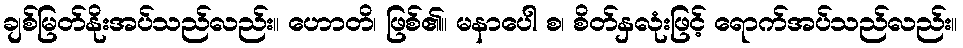
ချစ်မြတ်နိုးအပ်သည်လည်း။ ဟောတိ၊ ဖြစ်၏။ မနာပေါ စ၊ စိတ်နှလုံးဖြင့် ရောက်အပ်သည်လည်း။